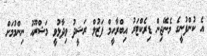
އެ ކުންފުނީގެ މެނޭޖިން ޑިރެކްޓަރު އިބްރާހީމް ފަޒުލް ރަޝީދު ވިދާޅުވީ މަޝްރޫއު ނިންމުމަށް